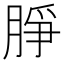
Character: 㬹